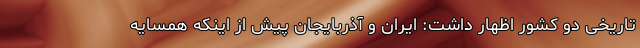
تاریخی دو کشور اظهار داشت: ایران و آذربایجان پیش از اینکه همسایه